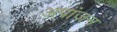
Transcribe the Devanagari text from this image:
अपांजन